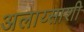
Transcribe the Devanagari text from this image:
अलाय्साशी